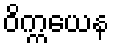
ဝိက္ကယေန